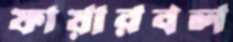
ফায়ারবল